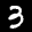
Label: 3